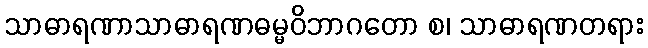
သာဓာရဏာသာဓာရဏဓမ္မဝိဘာဂတော စ၊ သာဓာရဏတရား